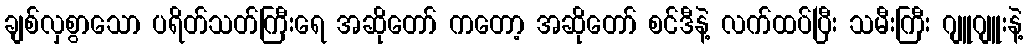
ချစ်လှစွာသော ပရိတ်သတ်ကြီးရေ အဆိုတော် ကတော့ အဆိုတော် စင်ဒီနဲ့ လက်ထပ်ပြီး သမီးကြီး ဂျူဂျူးနဲ့